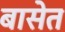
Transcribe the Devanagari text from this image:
बासेत